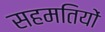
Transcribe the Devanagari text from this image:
सहमतियों